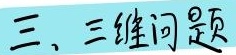
三、三维问题